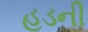
હૂડની